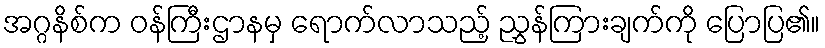
အဂ္ဂနိစ်က ဝန်ကြီးဌာနမှ ရောက်လာသည့် ညွှန်ကြားချက်ကို ပြောပြ၏။